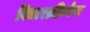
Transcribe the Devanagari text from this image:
विचारप्रक्रियेवर